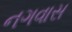
નગવાસ